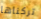
تركناها